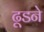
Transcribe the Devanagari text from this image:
ढूडने